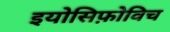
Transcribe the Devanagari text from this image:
इयोसिफ़ोविच